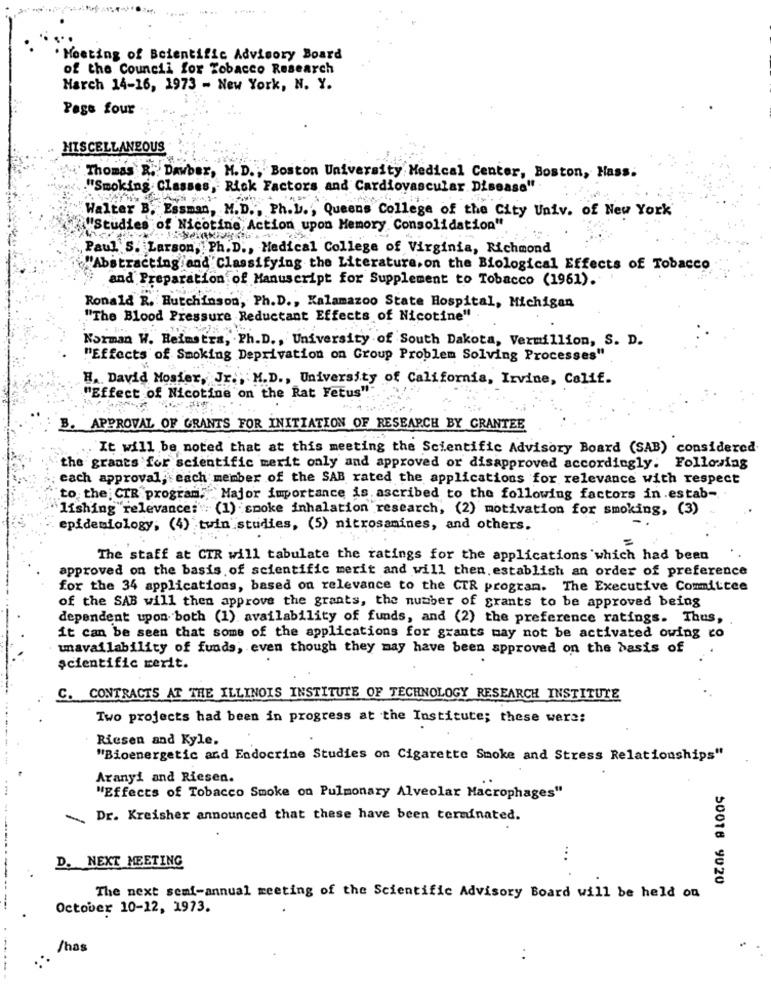
Meeting of Beientific Advisory Board
of the Council for Tobacco Research
Harch 14-16, 1973 - New York, N. Y.
Page four
MISCELLANEOUS
Thomas R. Dawber, M.D ., Boston University Medical Center, Boston, Hass.
"Smoking Classes, Risk Factors and Cardiovascular Disease".
"Walter B. Essman, M.D ., Ph.L ., Queens College of the City Univ. of New York
"Studies of Nicotine Action upon Memory Consolidation"
Paul'S. Larson, Ph.D ., Medical College of Virginia, Richmond
"Abstracting and Classifying the Literature.on the Biological Effects of Tobacco
and Preparation of Manuscript for Supplement to Tobacco (1961).
Ronald R. Hutchinson, Ph.D ., Kalamazoo State Hospital, Michigan
"The Blood Pressure Reductant Effects of Nicotine"
Norman W. Heimstra, Ph.D ., University of South Dakota, Vermillion, S. D.
"Effects of Smoking Deprivation on Group Problem Solving Processes"
H. David Mosier, Jr ., M.D ., University of California, Irvine, Calif.
"Effect of Nicotine on the Rat Fetus""
B. APPROVAL OF GRANTS FOR INITIATION OF RESEARCH BY GRANTEE
. It will be noted that at this meeting the Scientific Advisory Board (SAB) considered
the grants for scientific merit only and approved or disapproved accordingly. Following
each approval, each member of the SAB rated the applications for relevance with respect
to the CIR program. Major importance is ascribed to the following factors in.estab-
Fishing "relevance:" (1) smoke inhalation research, (2) motivation for smoking, (3)
epidemiology, (4) twin studies, (5) nitrosamines, and others.
The staff at CIR will tabulate the ratings for the applications which had been
approved on the basis of scientific merit and will then. establish an order of preference
for the 34 applications, based on relevance to the CTR program. The Executive Committee
of the SAB will then approve the grants, the number of grants to be approved being
dependent upon both (1) availability of funds, and (2) the preference ratings. Thus,
it can be seen that some of the applications for grants may not be activated owing co
unavailability of funds, even though they may have been approved on the basis of
Scientific merit.
C. CONTRACTS AT THE ILLINOIS INSTITUTE OF TECHNOLOGY RESEARCH INSTITUTE
Two projects had been in progress at the Institute; these were:
Riesen and Kyle,
"Bioenergetic and Endocrine Studies on Cigarette Smoke and Stress Relationships"
Aranyi and Riesen.
"Effects of Tobacco Smoke on Pulmonary Alveolar Macrophages"
-
Dr. Kreisher announced that these have been terminated.
...
D. NEXT MEETING
50018 9020
The next semi-annual meeting of the Scientific Advisory Board will be held on
October 10-12, 1973.
/has